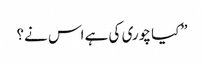
”کیا چوری کی ہے اس نے؟